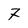
Character: 7